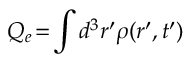
Q _ { e } \! = \! \int d ^ { 3 } \boldsymbol { r } ^ { \prime } \rho ( \boldsymbol { r } ^ { \prime } , t ^ { \prime } )